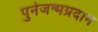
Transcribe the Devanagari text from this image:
पुर्नजन्मप्रदान